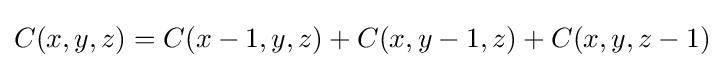
C(x,y,z)=C(x-1,y,z)+C(x,y-1,z)+C(x,y,z-1)